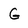
Character: G